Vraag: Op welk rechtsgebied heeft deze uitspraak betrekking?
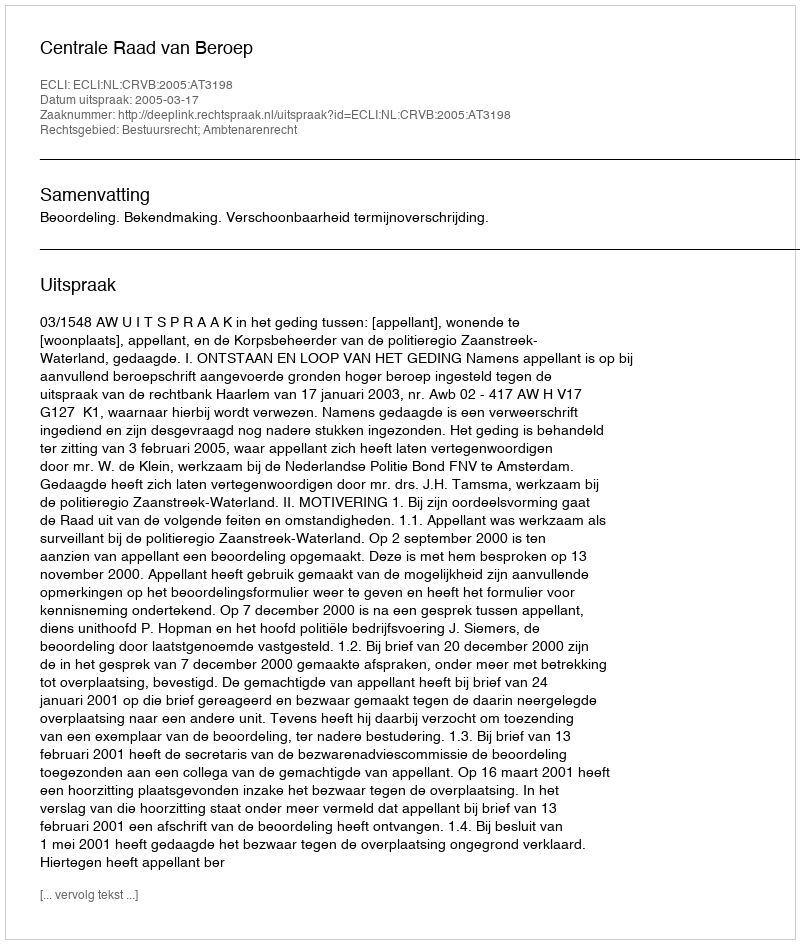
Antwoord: Bestuursrecht; Ambtenarenrecht